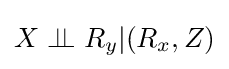
X\perp \!\!\!\perp R_{y}|(R_{x},Z)